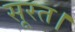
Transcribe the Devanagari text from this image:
सूरत।